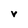
Character: v